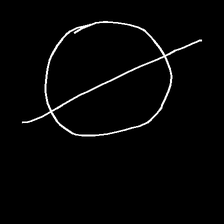
Glyph: orb